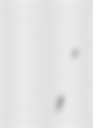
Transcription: Сергей Сергеевич Лапочкин;